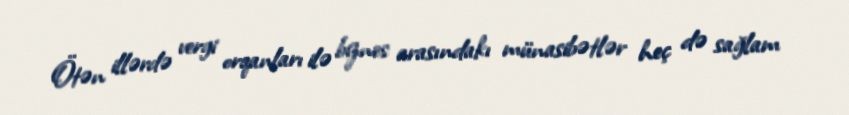
Ötən illərdə vergi orqanları ilə biznes arasındakı münasibətlər heç də sağlam